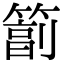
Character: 𥲮